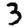
Digit: 3